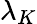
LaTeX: \lambda_{K}